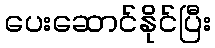
ပေးဆောင်နိုင်ပြီး